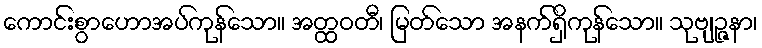
ကောင်းစွာဟောအပ်ကုန်သော။ အတ္ထဝတီ၊ မြတ်သော အနက်ရှိကုန်သော။ သုဗျဉ္ဇနာ၊